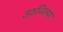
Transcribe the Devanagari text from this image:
उठविल्या